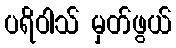
ပရိဝါသ် မှတ်ဖွယ်